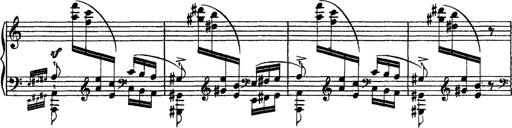
Title: Grandes Ã©tudes de Paganini
Composer: Franz Liszt